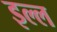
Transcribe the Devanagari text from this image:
इल्ल